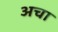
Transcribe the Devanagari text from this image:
अचा